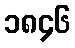
၁၈၄၆